Statistical return of the lunatic asylum in Assam - 1912-1932
Year: 1912
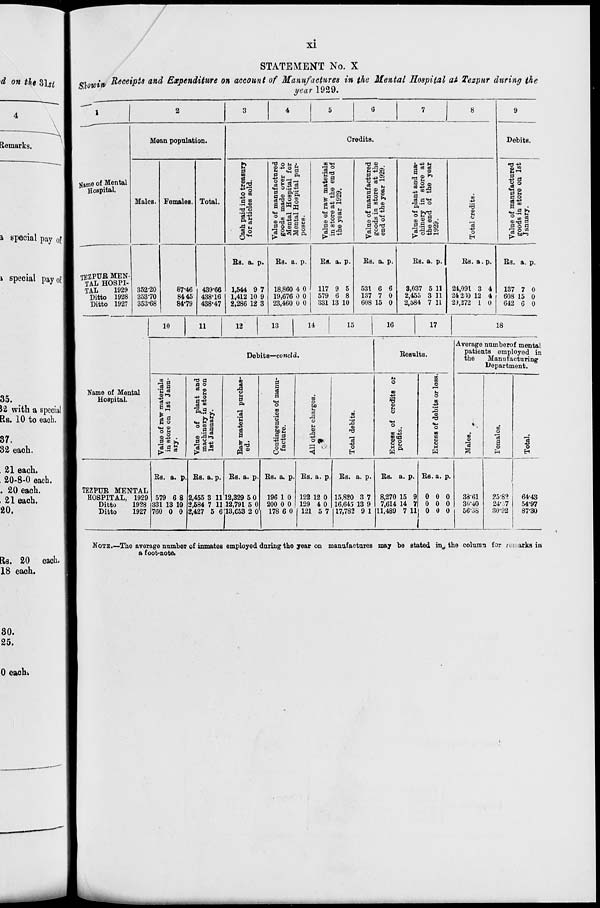
xi
STATEMENT No. X
Vowin- R ece ip' s an d Expenditure on account of Manufactures in the Mental Hospital at Tezpur during the
year 1929.
flame of Mental
Hospital.
Mean population.
Males.
TEZPUB MEN
TAL HOSPI-
TAL
1929
Ditto 1928
Ditto 1927
352-20
35370
353-68
Females.
87*46
8445
84-79
Total.
Credits.
n
m
a
CD —1
O "i
■*>
• S OD
■a'-3
So
12 ° * L.
a «H g
1 b p«
e3 t+5 <3
«S 0.15-^
as « gi
11*1
W-
.-.,-1
O _ cj d •
d oSSs
09 «H
J o
3 a*
*» CD
OS
a.
" * u
•a ® a
8)5 >>
-a si
rO 0)
o e3 "
"a E a
2 a ¥
3 -B
am 03
•-go
"3 ? i
|£ bfl CD
<5 c3 OS
S
CD
S O OB
a
| .a la
-a
03
M
*a
o
H
Debits.
T3 ■**
•1°
o 9.
03
a t>i
o - " S
Z. <° S
CD rrt 3
0 © O
C5
: bo»-5
439-66
438-16
438-47
Bs. a. p.
1,544 9 7
1,412 10 9
2,286 12 3
Bs. a. p.
18,860 4 0
19,676 0 0
23,460 0 0
Bs.
117
579
331
a. P-
9 5
6 8
13 10
Bs. a. P-
531 6
137 7
608 15
6
0
0
Bs. a. p.
3,037 5 11
2,455 3 11
2,584 7 11
Bs. a. p.
24,091 3 4
24 2)0 12 4
2U.272 1 0
Bs. a. p.
137 7 0
608 15 0
642 6 0
10
11
12
13
14
15
16
17
18
Name of Mental
Hospital.
Debits—cottcld.
Results.
-3s
M ■ h
§° » a>
N
J
,g oj
.23-*
3as
I o
P
a
•B
I
^
O
0>
(O
o
Ci)
ci
o
CD
o**"
CD
13
O
H
o
m
n
o
5
^3
CD
^3
03
m
o
o
»
Average numberof mental
patients employed in
the
Manufacturing
Department.
3
0D
CD
a
CD
1
H
TEZPUB MENTAL
HOSPITAL, 1929
Ditto
1928
Ditto
1927
Bs. a. p
579 6 8
331 13 10
760 0 0
Bs. a. p. Bs. a. p
2,455 3 1112,329 5 0
2,584 7 11 12,791 5 0
2,427 5 613,C53 2 0
Bs. a. p.
196 1 0
200 0 0
178 6 0
Bs. a. p
122 12 0
129 4 0
121 5 7
Bs. a. p.
15,820 3 7
16.645 13 9
17,782 9 1
Bs. a. p.
8,270 15 9
7,614 14 V
11,489 7 11
Bs a. p-
0 0 0
3861
0 0 0
30-40
0 0 0
56-38
25-8?
24\7
30-92
64-43
54-97
87-30
NOTE.—The average number of inmates employed during the year on
a foot-note.
manufactures may be stated nv. the column for ■ ■ .irks in
.